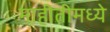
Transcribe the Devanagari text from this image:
माहीतीमध्ये